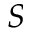
S